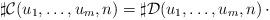
LaTeX: \begin{align*}\sharp \mathcal{C}(u_1,\dots,u_m,n) = \sharp \mathcal{D}(u_1,\dots,u_m,n)\,\cdot\end{align*}